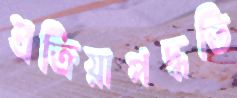
প্রক্রিয়াপদ্ধতি